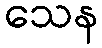
သေန